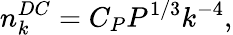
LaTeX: n_{k}^{DC}=C_{P}P^{1/3}k^{-4},